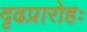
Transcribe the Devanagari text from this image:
दृढप्रारोहः